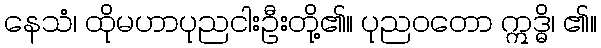
နေသံ၊ ထိုမဟာပုညငါးဦးတို့၏။ ပုညဝတော ဣဒ္ဓိ၊ ၏။